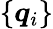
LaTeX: \{ \boldsymbol{q}_{i}\}